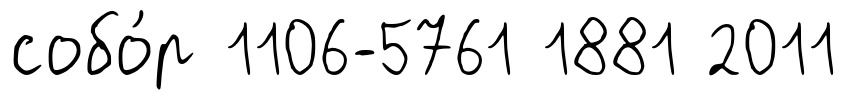
собо́р 1106-5761 1881 2011